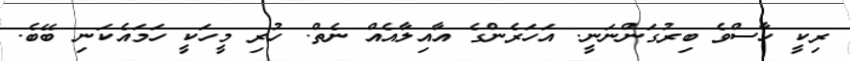
ރިކީ ހާސްވެ ބިރުގަންނަނީ. އަހަރެންގެ އާއިލާއެއް ނެތް. ހުރި މީހަކީ ހަމައެކަނި ބޭބެ.